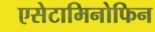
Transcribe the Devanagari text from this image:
एसेटामिनोफिन